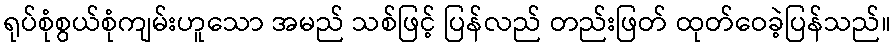
ရုပ်စုံစွယ်စုံကျမ်းဟူသော အမည် သစ်ဖြင့် ပြန်လည် တည်းဖြတ် ထုတ်ဝေခဲ့ပြန်သည်။